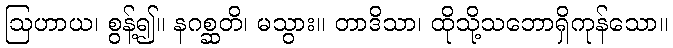
ဩဟာယ၊ စွန့်၍။ နဂစ္ဆတိ၊ မသွား။ တာဒိသာ၊ ထိုသို့သဘောရှိကုန်သော။